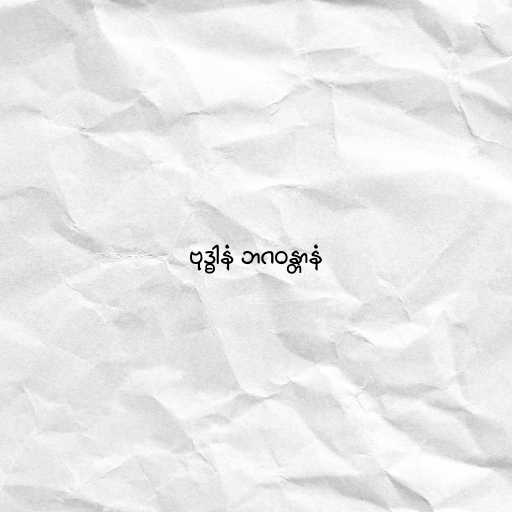
ဗုဒ္ဓါနံ ဘဂဝန္တာနံ